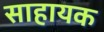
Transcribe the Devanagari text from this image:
साहायक